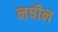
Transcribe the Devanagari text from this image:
नषीन